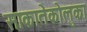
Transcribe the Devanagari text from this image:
साकातेकोलुका